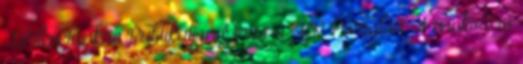
Hírlevelünkre Publikáljon Ön is a HR Portálon A motiváció